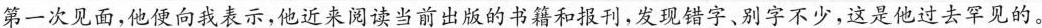
第一次见面，他便向我表示，他近来阅读当前出版的书籍和报刊，发现错字、别字不少，这是他过去罕见的。